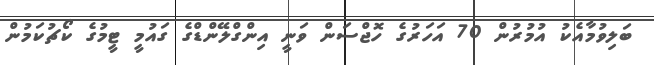
ބަލިވުމާއެކު އުމުރުން 70 އަހަރުގެ ހޮޖްސަން ވަނީ އިންގްލޭންޑްގެ ގައުމީ ޓީމުގެ ކޯޗުކަމުން